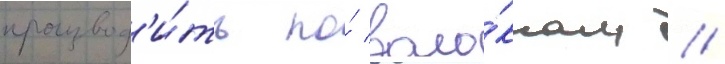
производ'и́ть по́ воло́кнам //